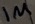
Text: 1µ